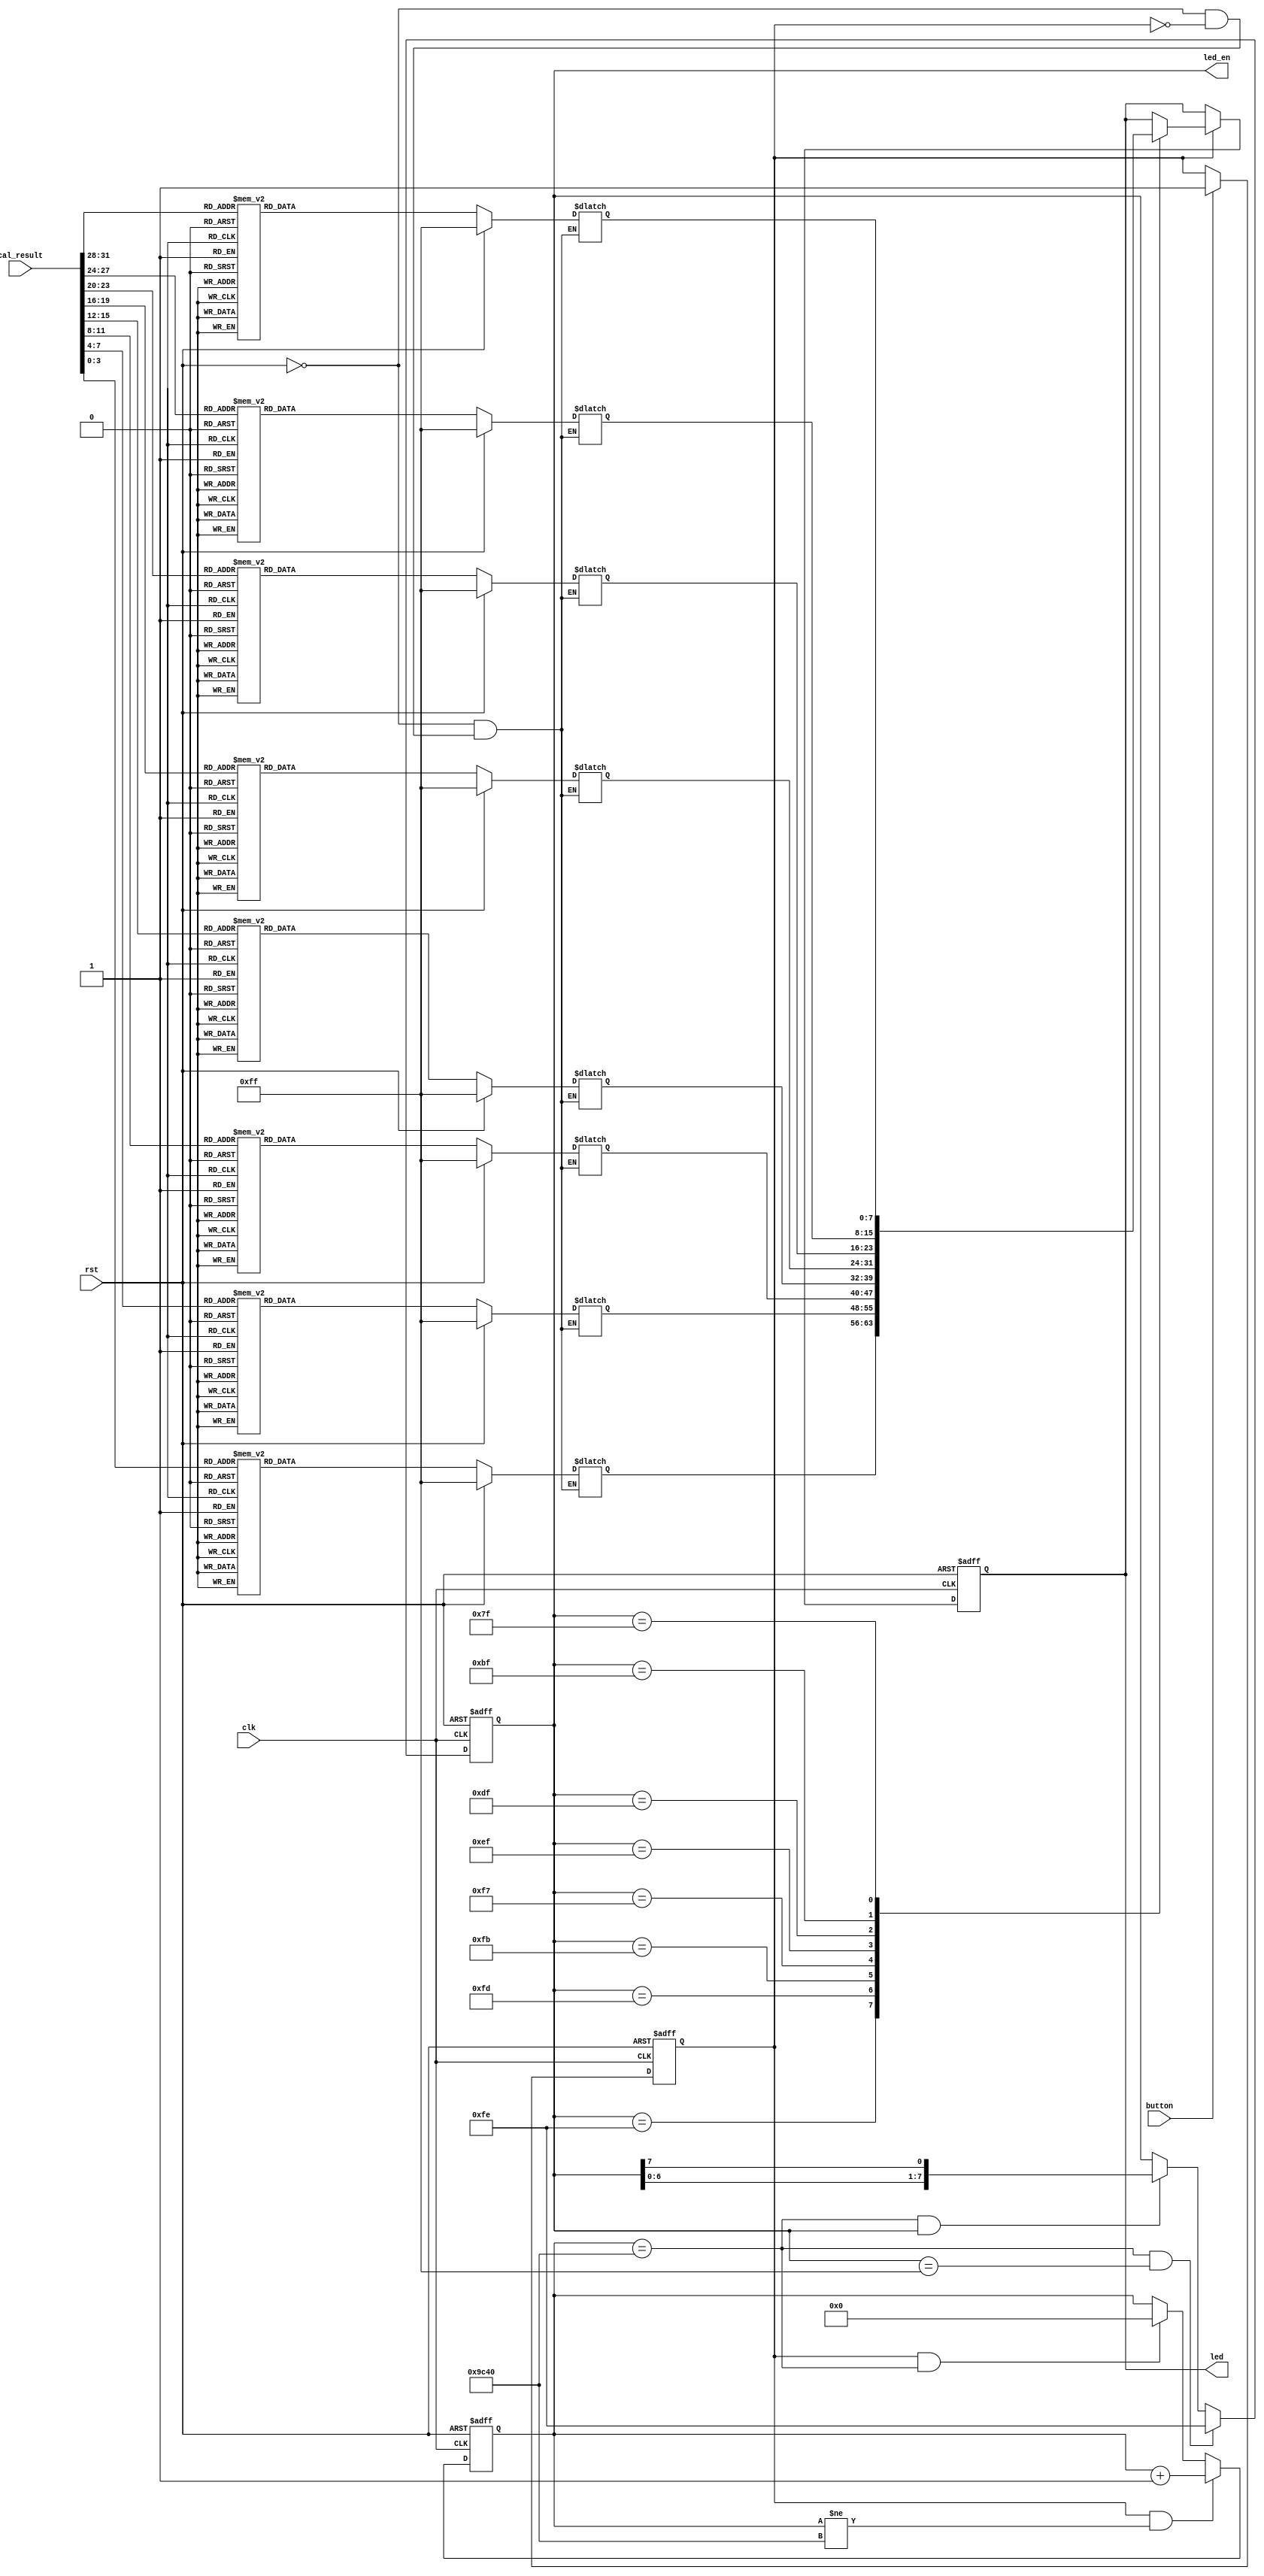
`timescale 1ns / 1ps
module calculator_display(
    input clk,
    input rst,
    input button,
    input [31:0]cal_result,
    output reg [7:0]led_en,
    output reg [7:0]led
    );

    // flag
    reg flag;
    always @(posedge clk or posedge rst) begin
        if(rst)
            flag <= 1'b0;
        else if(button)
            flag <= 1'b1;
        else;
    end

    // 
    reg [15:0]counter;
    always @(posedge clk or posedge rst) begin
        if(rst)
            counter <= 'b0;
        else if(flag&&counter!=40000)
        // else if(flag&&counter!=2)
            counter <= counter +1'b1;
        else if(flag&&counter==40000)
        // else if(flag&&counter==2)
            counter <= 'b0;
    end

    // led_en
    always @(posedge clk or posedge rst) begin
        if(rst)
            led_en <= 8'b1111_1111;
        else if(counter==40000&&led_en==8'b1111_1111)
        // else if(counter==2&&led_en==8'b1111_1111)
            led_en <= 8'b1111_1110;
        else if(counter==40000&&led_en)
        // else if(counter==2&&led_en)
            led_en <= {led_en[6:0],led_en[7]};
        else;
    end
    
    // 8
    reg [7:0] num0_show; // 
    always @(*) begin
        if(rst)
            num0_show = 8'b1111_1111;
        else if(flag)
            case(cal_result[3:0])
                4'b0000: num0_show = 8'b0000_0011;
                4'b0001: num0_show = 8'b1001_1111;
                4'b0010: num0_show = 8'b0010_0101;
                4'b0011: num0_show = 8'b0000_1101;
                4'b0100: num0_show = 8'b1001_1001;
                4'b0101: num0_show = 8'b0100_1001;
                4'b0110: num0_show = 8'b0100_0001;
                4'b0111: num0_show = 8'b0001_1111;
                4'b1000: num0_show = 8'b0000_0001;
                4'b1001: num0_show = 8'b0000_1001;
                4'b1010: num0_show = 8'b0001_0001;
                4'b1011: num0_show = 8'b1100_0001;
                4'b1100: num0_show = 8'b1110_0101;
                4'b1101: num0_show = 8'b1000_0101;
                4'b1110: num0_show = 8'b0110_0001;
                4'b1111: num0_show = 8'b0111_0001;
            endcase
    end
    reg [7:0] num1_show;
    always @(*) begin
        if(rst)
            num1_show = 8'b1111_1111;
        else if(flag)
            case(cal_result[7:4])
                4'b0000: num1_show = 8'b0000_0011;
                4'b0001: num1_show = 8'b1001_1111;
                4'b0010: num1_show = 8'b0010_0101;
                4'b0011: num1_show = 8'b0000_1101;
                4'b0100: num1_show = 8'b1001_1001;
                4'b0101: num1_show = 8'b0100_1001;
                4'b0110: num1_show = 8'b0100_0001;
                4'b0111: num1_show = 8'b0001_1111;
                4'b1000: num1_show = 8'b0000_0001;
                4'b1001: num1_show = 8'b0000_1001;
                4'b1010: num1_show = 8'b0001_0001;
                4'b1011: num1_show = 8'b1100_0001;
                4'b1100: num1_show = 8'b1110_0101;
                4'b1101: num1_show = 8'b1000_0101;
                4'b1110: num1_show = 8'b0110_0001;
                4'b1111: num1_show = 8'b0111_0001;
            endcase
    end
    reg [7:0] num2_show;
    always @(*) begin
        if(rst)
            num2_show = 8'b1111_1111;
        else if(flag)
            case(cal_result[11:8])
                4'b0000: num2_show = 8'b0000_0011;
                4'b0001: num2_show = 8'b1001_1111;
                4'b0010: num2_show = 8'b0010_0101;
                4'b0011: num2_show = 8'b0000_1101;
                4'b0100: num2_show = 8'b1001_1001;
                4'b0101: num2_show = 8'b0100_1001;
                4'b0110: num2_show = 8'b0100_0001;
                4'b0111: num2_show = 8'b0001_1111;
                4'b1000: num2_show = 8'b0000_0001;
                4'b1001: num2_show = 8'b0000_1001;
                4'b1010: num2_show = 8'b0001_0001;
                4'b1011: num2_show = 8'b1100_0001;
                4'b1100: num2_show = 8'b1110_0101;
                4'b1101: num2_show = 8'b1000_0101;
                4'b1110: num2_show = 8'b0110_0001;
                4'b1111: num2_show = 8'b0111_0001;
            endcase
    end
    reg [7:0] num3_show;
    always @(*) begin
        if(rst)
            num3_show = 8'b1111_1111;
        else if(flag)
            case(cal_result[15:12])
                4'b0000: num3_show = 8'b0000_0011;
                4'b0001: num3_show = 8'b1001_1111;
                4'b0010: num3_show = 8'b0010_0101;
                4'b0011: num3_show = 8'b0000_1101;
                4'b0100: num3_show = 8'b1001_1001;
                4'b0101: num3_show = 8'b0100_1001;
                4'b0110: num3_show = 8'b0100_0001;
                4'b0111: num3_show = 8'b0001_1111;
                4'b1000: num3_show = 8'b0000_0001;
                4'b1001: num3_show = 8'b0000_1001;
                4'b1010: num3_show = 8'b0001_0001;
                4'b1011: num3_show = 8'b1100_0001;
                4'b1100: num3_show = 8'b1110_0101;
                4'b1101: num3_show = 8'b1000_0101;
                4'b1110: num3_show = 8'b0110_0001;
                4'b1111: num3_show = 8'b0111_0001;
            endcase
    end
    reg [7:0] num4_show;
    always @(*) begin
        if(rst)
            num4_show = 8'b1111_1111;
        else if(flag)
            case(cal_result[19:16])
                4'b0000: num4_show = 8'b0000_0011;
                4'b0001: num4_show = 8'b1001_1111;
                4'b0010: num4_show = 8'b0010_0101;
                4'b0011: num4_show = 8'b0000_1101;
                4'b0100: num4_show = 8'b1001_1001;
                4'b0101: num4_show = 8'b0100_1001;
                4'b0110: num4_show = 8'b0100_0001;
                4'b0111: num4_show = 8'b0001_1111;
                4'b1000: num4_show = 8'b0000_0001;
                4'b1001: num4_show = 8'b0000_1001;
                4'b1010: num4_show = 8'b0001_0001;
                4'b1011: num4_show = 8'b1100_0001;
                4'b1100: num4_show = 8'b1110_0101;
                4'b1101: num4_show = 8'b1000_0101;
                4'b1110: num4_show = 8'b0110_0001;
                4'b1111: num4_show = 8'b0111_0001;
            endcase
    end
    reg [7:0] num5_show;
    always @(*) begin
        if(rst)
            num5_show = 8'b1111_1111;
        else if(flag)
            case(cal_result[23:20])
                4'b0000: num5_show = 8'b0000_0011;
                4'b0001: num5_show = 8'b1001_1111;
                4'b0010: num5_show = 8'b0010_0101;
                4'b0011: num5_show = 8'b0000_1101;
                4'b0100: num5_show = 8'b1001_1001;
                4'b0101: num5_show = 8'b0100_1001;
                4'b0110: num5_show = 8'b0100_0001;
                4'b0111: num5_show = 8'b0001_1111;
                4'b1000: num5_show = 8'b0000_0001;
                4'b1001: num5_show = 8'b0000_1001;
                4'b1010: num5_show = 8'b0001_0001;
                4'b1011: num5_show = 8'b1100_0001;
                4'b1100: num5_show = 8'b1110_0101;
                4'b1101: num5_show = 8'b1000_0101;
                4'b1110: num5_show = 8'b0110_0001;
                4'b1111: num5_show = 8'b0111_0001;
            endcase
    end
    reg [7:0] num6_show;
    always @(*) begin
        if(rst)
            num6_show = 8'b1111_1111;
        else if(flag)
            case(cal_result[27:24])
                4'b0000: num6_show = 8'b0000_0011;
                4'b0001: num6_show = 8'b1001_1111;
                4'b0010: num6_show = 8'b0010_0101;
                4'b0011: num6_show = 8'b0000_1101;
                4'b0100: num6_show = 8'b1001_1001;
                4'b0101: num6_show = 8'b0100_1001;
                4'b0110: num6_show = 8'b0100_0001;
                4'b0111: num6_show = 8'b0001_1111;
                4'b1000: num6_show = 8'b0000_0001;
                4'b1001: num6_show = 8'b0000_1001;
                4'b1010: num6_show = 8'b0001_0001;
                4'b1011: num6_show = 8'b1100_0001;
                4'b1100: num6_show = 8'b1110_0101;
                4'b1101: num6_show = 8'b1000_0101;
                4'b1110: num6_show = 8'b0110_0001;
                4'b1111: num6_show = 8'b0111_0001;
            endcase
    end
    reg [7:0] num7_show;
    always @(*) begin
        if(rst)
            num7_show = 8'b1111_1111;
        else if(flag)
            case(cal_result[31:28])
                4'b0000: num7_show = 8'b0000_0011;
                4'b0001: num7_show = 8'b1001_1111;
                4'b0010: num7_show = 8'b0010_0101;
                4'b0011: num7_show = 8'b0000_1101;
                4'b0100: num7_show = 8'b1001_1001;
                4'b0101: num7_show = 8'b0100_1001;
                4'b0110: num7_show = 8'b0100_0001;
                4'b0111: num7_show = 8'b0001_1111;
                4'b1000: num7_show = 8'b0000_0001;
                4'b1001: num7_show = 8'b0000_1001;
                4'b1010: num7_show = 8'b0001_0001;
                4'b1011: num7_show = 8'b1100_0001;
                4'b1100: num7_show = 8'b1110_0101;
                4'b1101: num7_show = 8'b1000_0101;
                4'b1110: num7_show = 8'b0110_0001;
                4'b1111: num7_show = 8'b0111_0001;
            endcase
    end

    // led
    always @(posedge clk or posedge rst) begin
        if(rst)
            led <= 8'b11111111;
        else if(flag)
            case(led_en)
                8'b1111_1110: led <= num0_show;
                8'b1111_1101: led <= num1_show;
                8'b1111_1011: led <= num2_show;
                8'b1111_0111: led <= num3_show;
                8'b1110_1111: led <= num4_show;
                8'b1101_1111: led <= num5_show;
                8'b1011_1111: led <= num6_show;
                8'b0111_1111: led <= num7_show;
            endcase
        else;
    end
endmodule